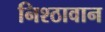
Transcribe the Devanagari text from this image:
निश्ठावान